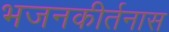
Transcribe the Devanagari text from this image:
भजनकीर्तनास